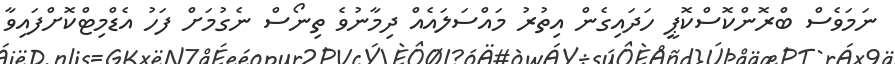
ނަމަވެސް ބްރޮންކޮސްކޮޕީ ހަދައިގެން އިތުރު މައްސަލައެއް ދިމާނުވެ ތިނޯސް ނެގުމަށް ފަހު އެޑްމިޓްކޮށްފައިވާ